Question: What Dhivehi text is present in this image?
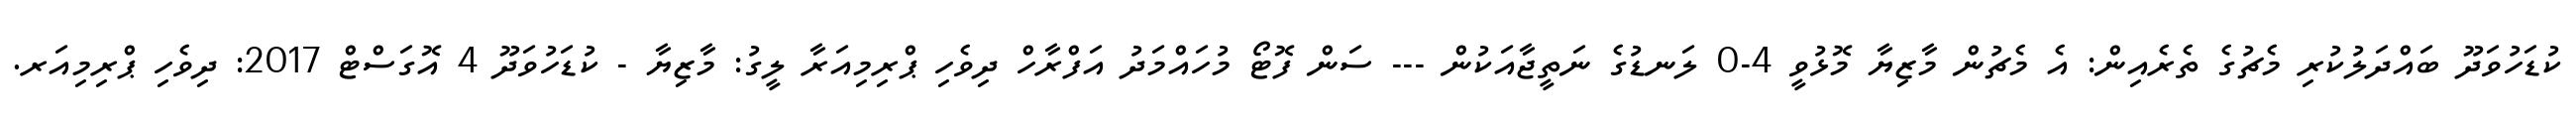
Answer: ކުޑަހުވަދޫ ބައްދަލުކުރި މެޗުގެ ތެރެއިން: އެ މެޗުން މާޒިޔާ މޮޅުވީ 4-0 ލަނޑުގެ ނަތީޖާއަކުން --- ސަން ފޮޓޯ މުހައްމަދު އަފްރާހް ދިވެހި ޕްރިމިއަރާ ލީގު: މާޒިޔާ - ކުޑަހުވަދޫ 4 އޮގަސްޓް 2017: ދިވެހި ޕްރިމިއަރ.